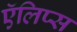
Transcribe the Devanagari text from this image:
ऍलिप्स